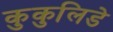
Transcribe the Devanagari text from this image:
कुकुलिडे